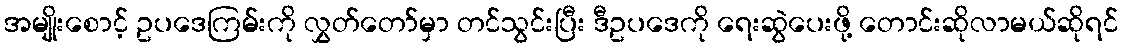
အမျိုးစောင့် ဥပဒေကြမ်းကို လွှတ်တော်မှာ တင်သွင်းပြီး ဒီဥပဒေကို ရေးဆွဲပေးဖို့ တောင်းဆိုလာမယ်ဆိုရင်